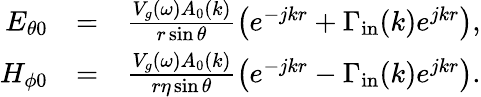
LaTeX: \begin{array}{rlr}{E_{\theta 0}}&{=}&{\frac{V_{g}(\omega)A_{0}(k)}{r\sin\theta}\left(e^{-jkr}+\Gamma_{\mathrm{in}}(k)e^{jkr}\right),}\\ {H_{\phi 0}}&{=}&{\frac{V_{g}(\omega)A_{0}(k)}{r\eta\sin\theta}\left(e^{-jkr}-\Gamma_{\mathrm{in}}(k)e^{jkr}\right).}\end{array}